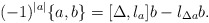
\begin{align*}(-1)^{|a|}\{a,b\} = {[\Delta,l_a]}b - l_{\Delta a}b.\end{align*}